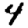
Digit: 4